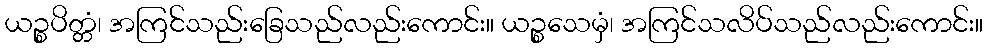
ယဉ္စပိတ္တံ၊ အကြင်သည်းခြေသည်လည်းကောင်း။ ယဉ္စသေမှံ၊ အကြင်သလိပ်သည်လည်းကောင်း။